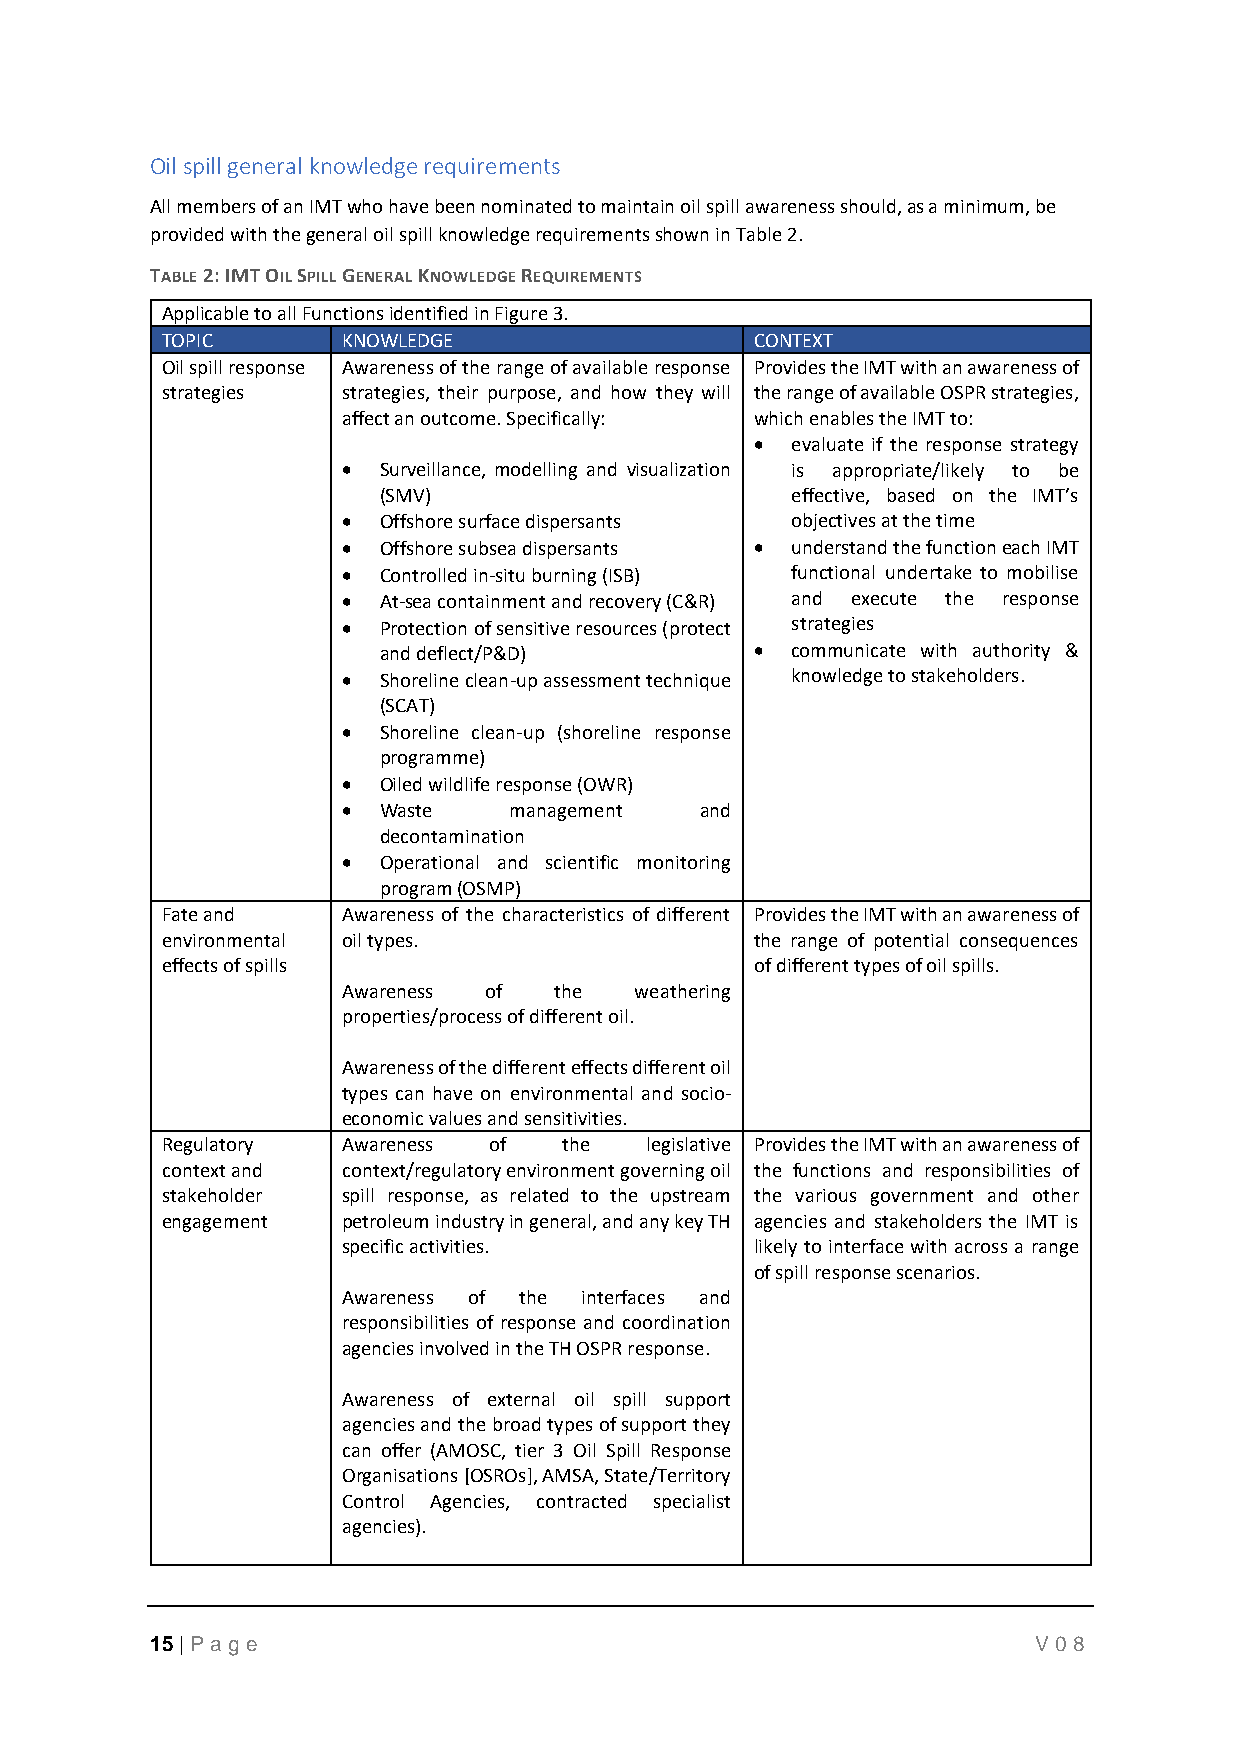
Oil spill general knowledge requirements
 All members of an IMT who have been nominated to maintain oil spill awareness should, as a minimum, be
 provided with the general oil spill knowledge requirements shown in Table 2.
 TABLE 2: IMT OIL SPILL GENERAL KNOWLEDGE REQUIREMENTS
 Applicable to all Functions identified in Figure 3.
 TOPIC       KNOWLEDGE                  CONTEXT
 Oil spill response Awareness of the range of available response Provides the IMT with an awareness of
 strategies  strategies, their purpose, and how they will the range of available OSPR strategies,
 affect an outcome. Specifically: which enables the IMT to:
 • evaluate if the response strategy
 • Surveillance, modelling and visualization is appropriate/likely to be
 (SMV)                      effective, based on the IMT’s
 • Offshore surface dispersants objectives at the time
 • Offshore subsea dispersants • understand the function each IMT
 • Controlled in-situ burning (ISB) functional undertake to mobilise
 • At-sea containment and recovery (C&R) and execute the response
 • Protection of sensitive resources (protect strategies
 and deflect/P&D)         • communicate with authority &
 • Shoreline clean-up assessment technique knowledge to stakeholders.
 (SCAT)
 • Shoreline clean-up (shoreline response
 programme)
 • Oiled wildlife response (OWR)
 • Waste    management  and
 decontamination
 • Operational and scientific monitoring
 program (OSMP)
 Fate and    Awareness of the characteristics of different Provides the IMT with an awareness of
 environmental oil types.               the range of potential consequences
 effects of spills                      of different types of oil spills.
 Awareness of  the  weathering
 properties/process of different oil.
 Awareness of the different effects different oil
 types can have on environmental and socio-
 economic values and sensitivities.
 Regulatory  Awareness of  the   legislative Provides the IMT with an awareness of
 context and context/regulatory environment governing oil the functions and responsibilities of
 stakeholder spill response, as related to the upstream the various government and other
 engagement  petroleum industry in general, and any key TH agencies and stakeholders the IMT is
 specific activities.       likely to interface with across a range
 of spill response scenarios.
 Awareness of the interfaces and
 responsibilities of response and coordination
 agencies involved in the TH OSPR response.
 Awareness of external oil spill support
 agencies and the broad types of support they
 can offer (AMOSC, tier 3 Oil Spill Response
 Organisations [OSROs], AMSA, State/Territory
 Control Agencies, contracted specialist
 agencies).
 15 | P age                                                 V08